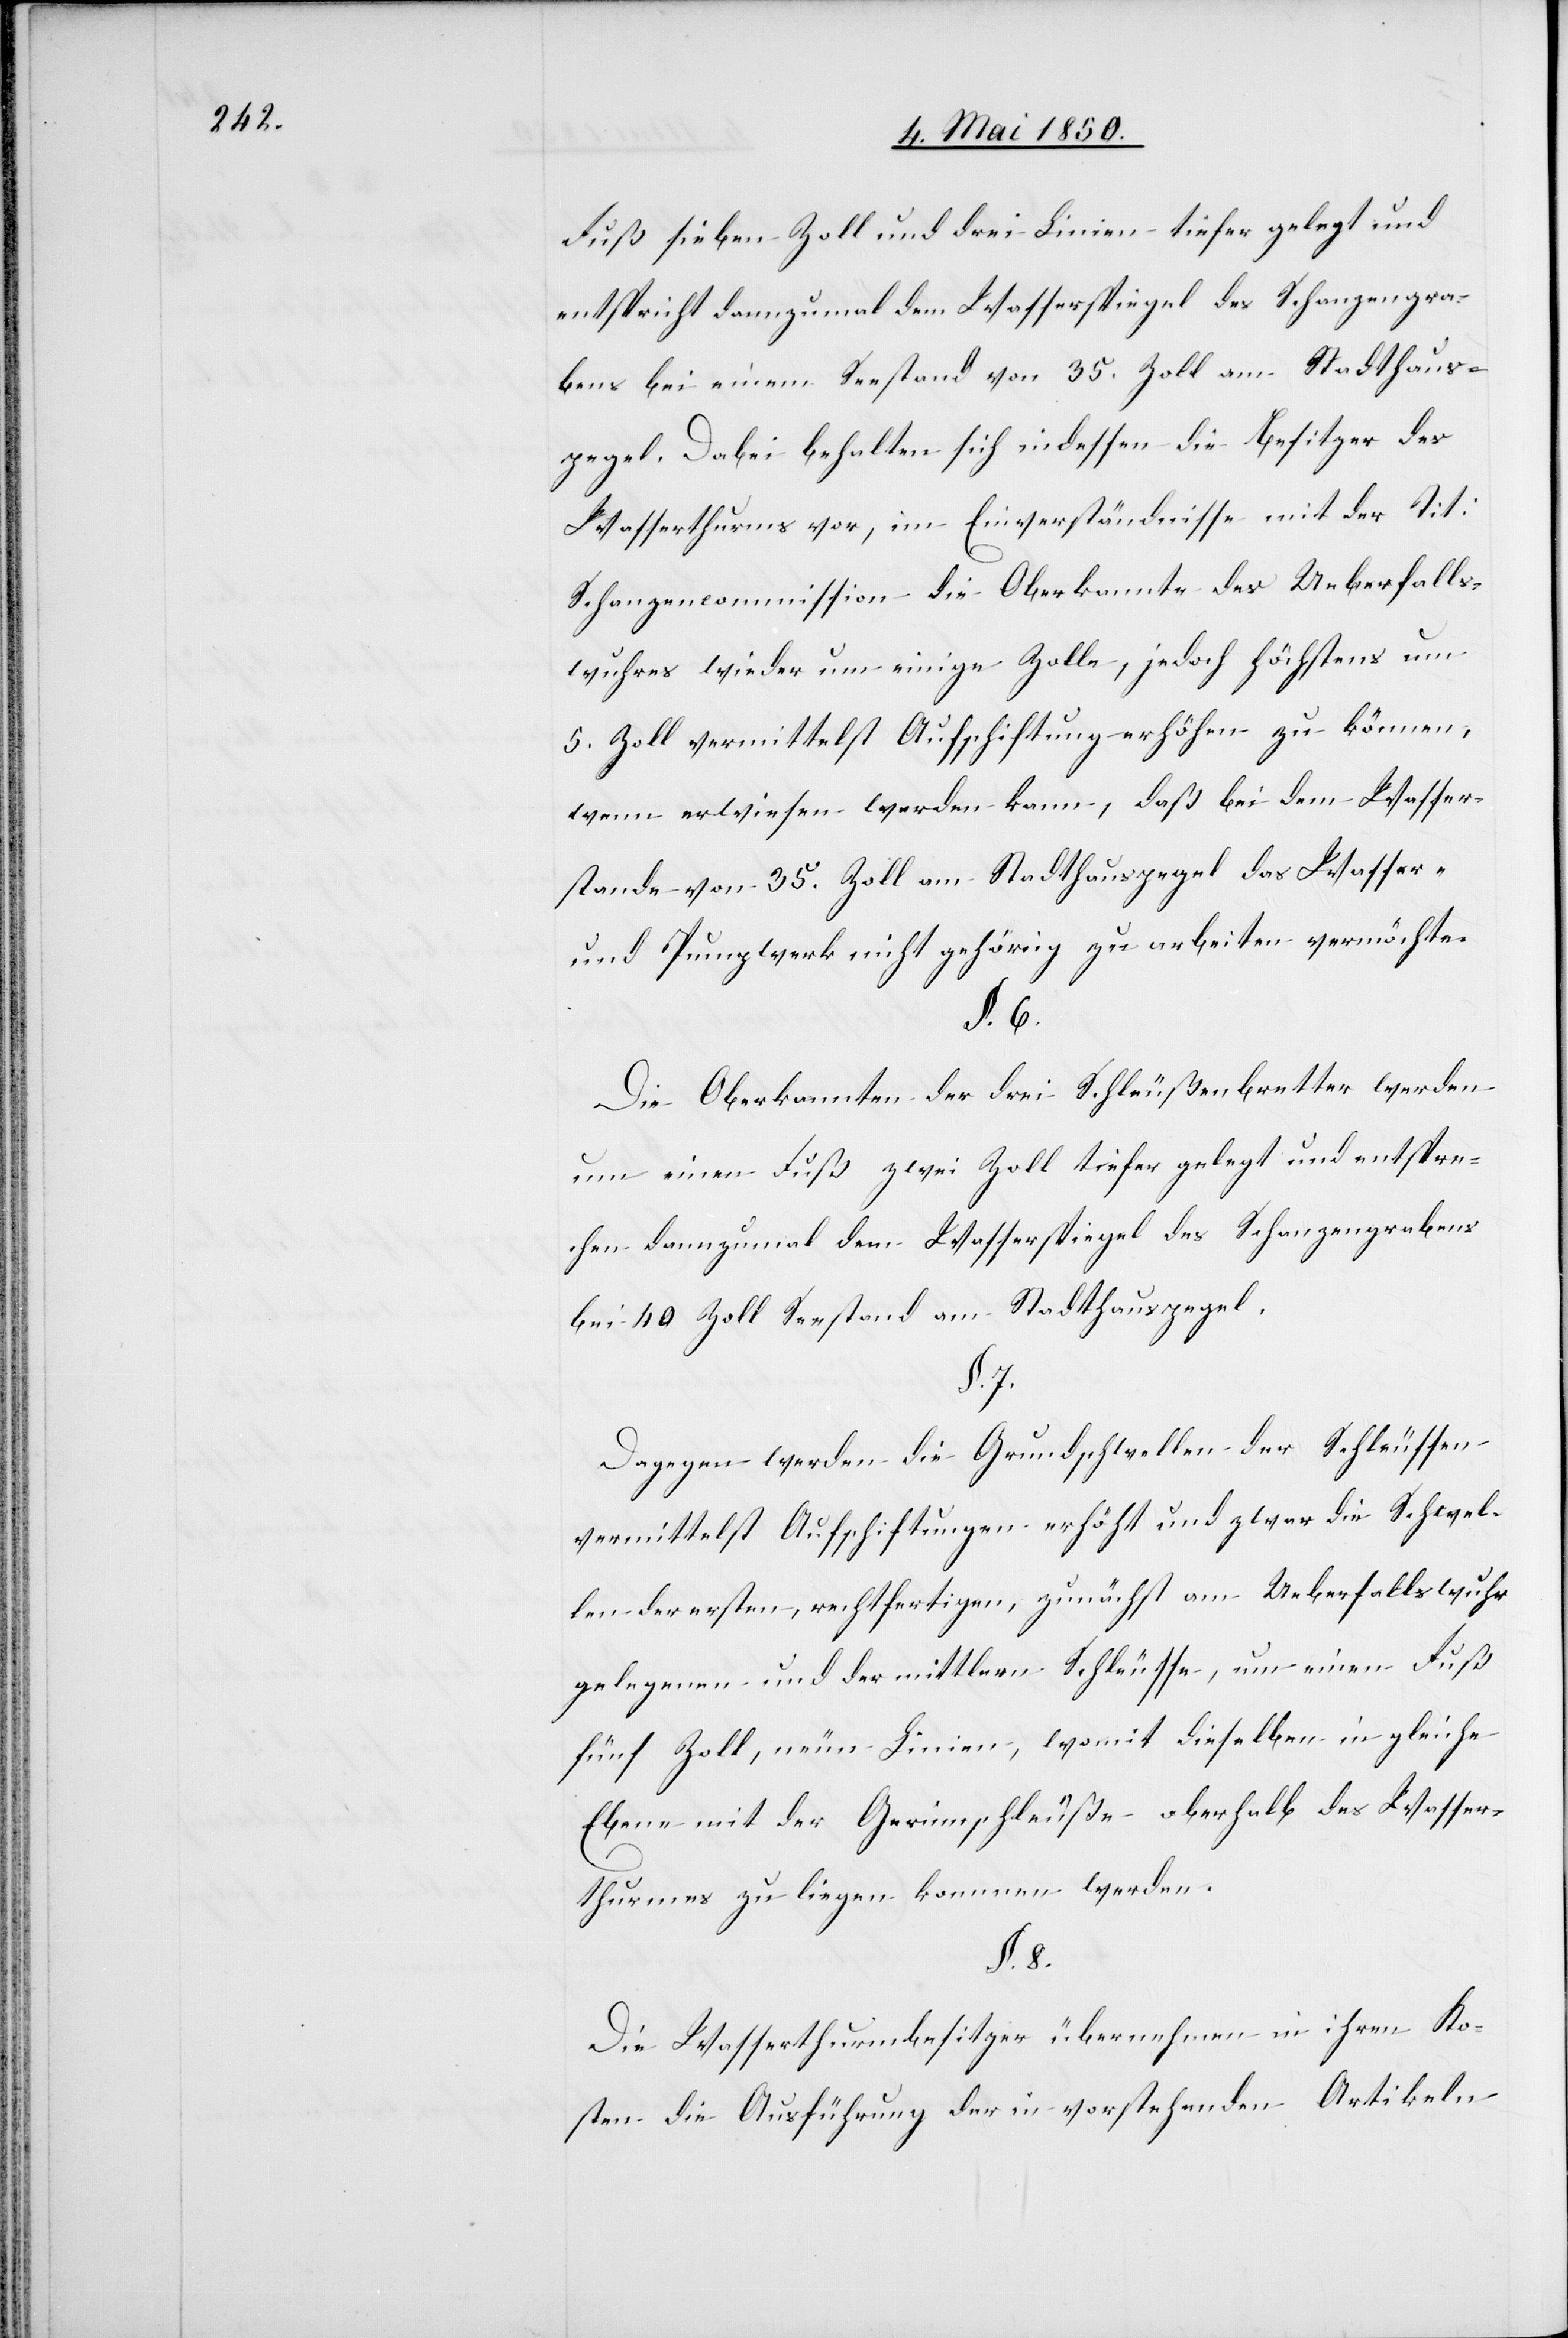
Fuß sieben Zoll und drei Linien tiefer gelegt und
entspricht dannzumal dem Wasserspiegel des Schanzengra¬
bens bei einem Seestand von 35. Zoll am Stadthaus¬
pegel. Dabei behalten sich indessen die Besitzer des
Wasserthurms vor, im Einverständnisse mit der Tit:
Schanzencommission die Oberkannte des Ueberfalls¬
wuhres wieder um einige Zolle, jedoch höchstens um
5. Zoll vermittelst Aufschiftung erhöhen zu können,
wenn erwiesen werden kann, daß bei dem Wasser¬
stande von 35. Zoll am Stadthauspegel das Wasser-
und Pumpwerk nicht gehörig zu arbeiten vermöchte.
§. 6.
Die Oberkannten der drei Schleußenbretter werden
um einen Fuß zwei Zoll tiefer gelegt und entspre¬
chen dannzumal dem Wasserspiegel des Schanzengrabens
bei 40 Zoll Seestand am Stadthauspegel.
§. 7.
Dagegen werden die Grundschwellen der Schleussen
vermittelst Aufschiftungen erhöht und zwar die Schwel¬
len der ersten, rechtfertigen, zunächst am Ueberfallswuhr
gelegenen und der mittlern Schleusse, um einen Fuß
fünf Zoll, neun Linien, womit dieselben in gleiche
Ebene mit der Gerinnschleuße oberhalb des Wasser¬
thurmes zu liegen kommen werden.
§. 8.
Die Wasserthurmbesitzer übernehmen in ihren Ko¬
sten die Ausführung der in vorstehenden Artikeln